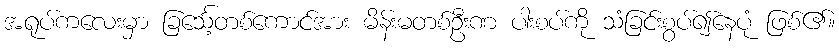
အရုပ်ကလေးမှာ ခြင်္သေ့တစ်ကောင်အား မိန်းမတစ်ဦးဏ ပါးစပ်ကို သံခြင်းစွပ်၍နေပုံ ဖြစ်၏။